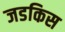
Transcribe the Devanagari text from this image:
जडकिस